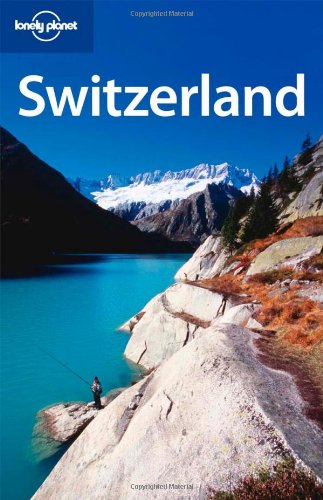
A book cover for Lonely Planet Switzerland (Country Travel Guide); Nicola Williams; Travel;